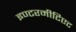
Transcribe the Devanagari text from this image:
इण्टरमीटिएट